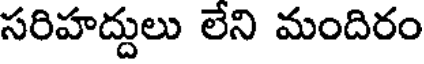
సరిహద్దులు లేని మందిరం